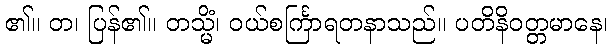
၏။ တ၊ ပြန်၏။ တသ္မိံ၊ ဝယ်စင်္ကြာရတနာသည်။ ပတိနိဝတ္တမာနေ၊